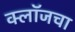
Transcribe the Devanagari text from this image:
क्लॉजचा